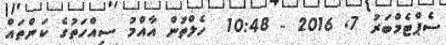
ސެޕްޓެމްބަރު 7